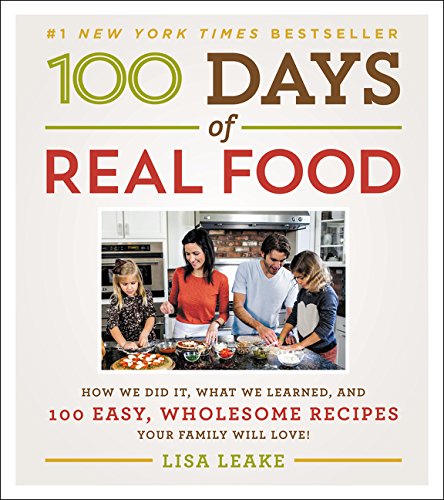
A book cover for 100 Days of Real Food: How We Did It, What We Learned, and 100 Easy, Wholesome Recipes Your Family Will Love; Lisa Leake; Cookbooks, Food & Wine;